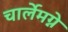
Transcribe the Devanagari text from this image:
चार्लेमग्ने